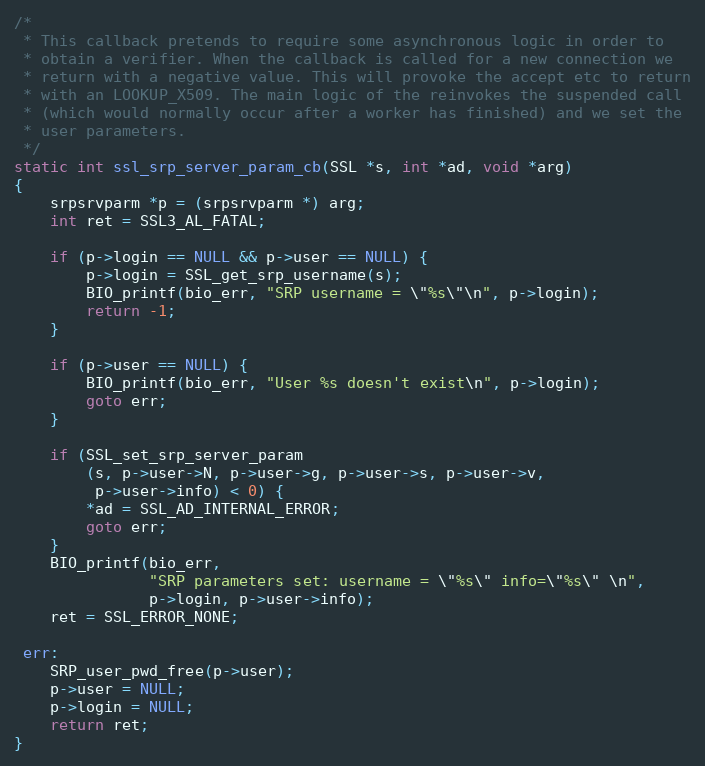
Language: C
/*
 * This callback pretends to require some asynchronous logic in order to
 * obtain a verifier. When the callback is called for a new connection we
 * return with a negative value. This will provoke the accept etc to return
 * with an LOOKUP_X509. The main logic of the reinvokes the suspended call
 * (which would normally occur after a worker has finished) and we set the
 * user parameters.
 */
static int ssl_srp_server_param_cb(SSL *s, int *ad, void *arg)
{
    srpsrvparm *p = (srpsrvparm *) arg;
    int ret = SSL3_AL_FATAL;

    if (p->login == NULL && p->user == NULL) {
        p->login = SSL_get_srp_username(s);
        BIO_printf(bio_err, "SRP username = \"%s\"\n", p->login);
        return -1;
    }

    if (p->user == NULL) {
        BIO_printf(bio_err, "User %s doesn't exist\n", p->login);
        goto err;
    }

    if (SSL_set_srp_server_param
        (s, p->user->N, p->user->g, p->user->s, p->user->v,
         p->user->info) < 0) {
        *ad = SSL_AD_INTERNAL_ERROR;
        goto err;
    }
    BIO_printf(bio_err,
               "SRP parameters set: username = \"%s\" info=\"%s\" \n",
               p->login, p->user->info);
    ret = SSL_ERROR_NONE;

 err:
    SRP_user_pwd_free(p->user);
    p->user = NULL;
    p->login = NULL;
    return ret;
}